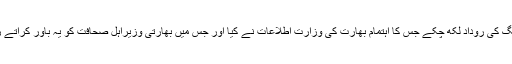
مقبوضہ کشمیر کے باخبر صحافی افتخار گیلانی صاحب اُس بریفنگ کی روداد لکھ چکے جس کا اہتمام بھارت کی وزارت ِاطلاعات نے کیا اور جس میں بھارتی وزیراہلِ صحافت کو یہ باور کراتے رہے کہ کشمیرکی آزادی کی بات کرنے والے داعش کا حصہ ہیں۔